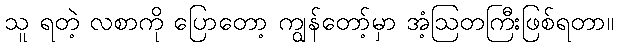
သူ ရတဲ့ လစာကို ပြောတော့ ကျွန်တော့်မှာ အံ့ဩတကြီးဖြစ်ရတာ။